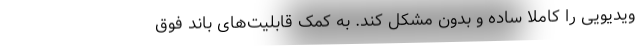
ویدیویی را کاملا ساده و بدون مشکل کند. به کمک قابلیت‌های باند فوق